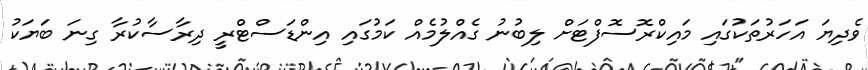
ވެދިޔަ އަހަރުތަކުގައި މައިކްރޮސޮފްޓަށް ލިބުނު ގެއްލުމެއް ކަމުގައި އިންޑަސްޓްރީ ދިރާސާކުރާ ގިނަ ބަޔަކު